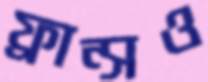
ফ্রান্সও